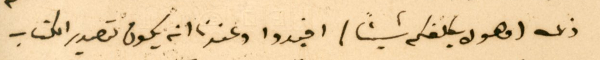
ذلك (فهو لا يكلفكم شيئًا) افيدوا وعندنا انه يكون تصدير الكتاب